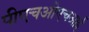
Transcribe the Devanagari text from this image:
पीएचओएचआई